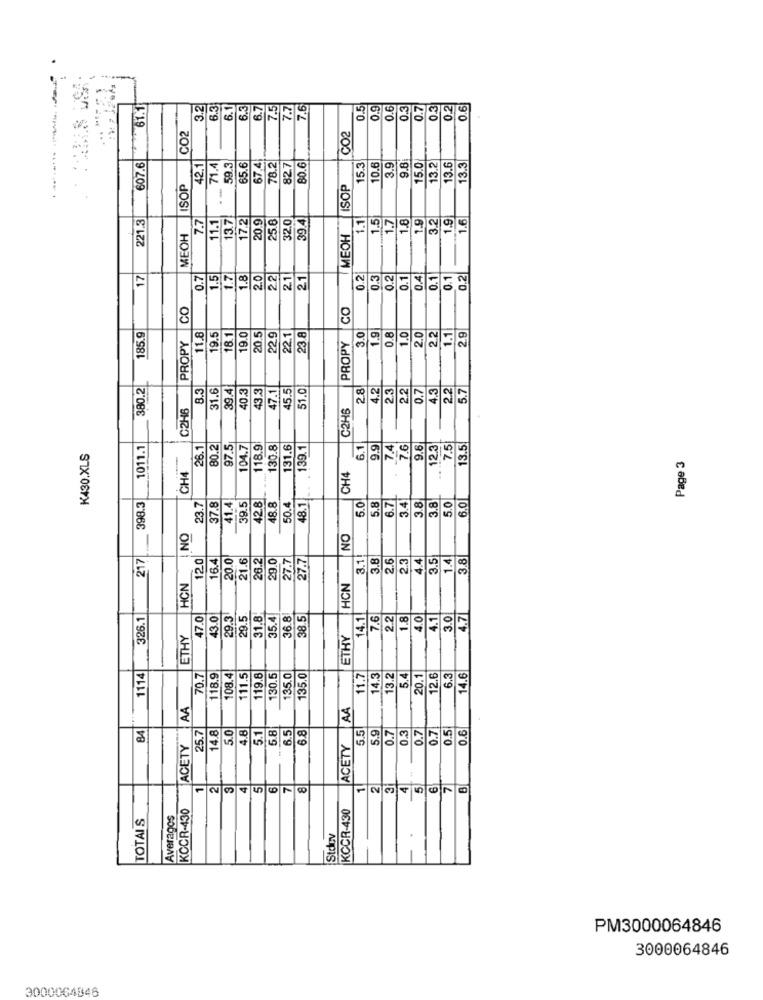
-
61.1
3.2
6.3
6.1
6.3
7.5
7.7
7.6
0.5
0.9
0.6
0.3
0.7
0.3
0.2
0.6
CO2
CO2
78.2
9.81
607.6
42.1
71.4
59.3
65.6
67.4
827
80.6
5.3
10.6
3.9
15.0
13.2
3.6
13.3
ISOP
--
ISOP
221.3
7.7
13.7
17.2|
0.9
5.6
32.0
1.1
1.5
1.7
1.8
1.9
3.21
1.9
1.6
11.1
39.4
MEOH
MEOH
17
0.7
1.5
1.7
1.8
20
2.2
21
21
0.2
0.3
0.2
0.1
0.4
0.1
0.1
0.2
CO
CO
3.0
1.9
0.8
2.0
2.2
2.9
185.9
PROPY
11.8
19.5
18.1
19.0
20.5
229
22.1
23 8
1.1
PROPY
380.2
8.3
81.6
39.4
40.3
43.3
5.5
51.0
2.8
1.2
2.3
2.2
4.3
2.2
5.7
47.1
0.7
C2H6
C2HB
1011.1
26.1
80.2
97.5
104.7
118.9
130.8
131.6
139.1
6.1
9.9
7.4
7.6
9.6
12.3
7.5
13.5
K430.XLS
Page 3
CH4
CH4
5.0
3.4
3.8
3.8
5.0
398.3
23.7
37.8
41.4
39.5
42.8
48.8
50.4
48.1
5.8
6.7
6.0
-
NO
NO
217
120
16.4
20.0
21.6
26.2
27.7
27.7
3.1!
3.8
2.6
2.3
4.4
3.5
3.8
29.0
1.4
HCN
HCN
326.1
47.0
43.0
29.3
29.5
31.8
35.4
6.8
38.5
14.1
7.6
2.2
1.8
4.0
4.1
3.0
4.71
ETHY
ETHY
1114
70.7
118.9
108.4
111.5
119.8
130.5
135.0
135.0
1.7
14.3
13.2
5.4
20.1
2.6
6.3
14.6
AA
AA
84
25.7
14.8
5.0
4.8
5.1
5.8
6.5
6.8
5.5
5.9
0.7
0.3
0.7
0.7
0.5
0.6
ACETY
ACETY
CO
KCCR-430
KCCR-430
TOTAIS
Averagos
Stdov
PM3000064846
3000064846
3000064846